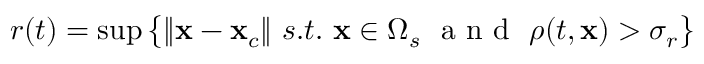
r ( t ) = \operatorname* { s u p } \big \{ \lVert \mathbf { x } - \mathbf { x } _ { c } \rVert \, \, s . t . \, \, \mathbf { x } \in \Omega _ { s } \, \, \mathrm { ~ a ~ n ~ d ~ } \, \, \rho ( t , \mathbf { x } ) > \sigma _ { r } \big \}